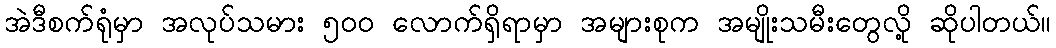
အဲဒီစက်ရုံမှာ အလုပ်သမား ၅၀၀ လောက်ရှိရာမှာ အများစုက အမျိုးသမီးတွေလို့ ဆိုပါတယ်။